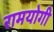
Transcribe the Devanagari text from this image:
रामयोगी